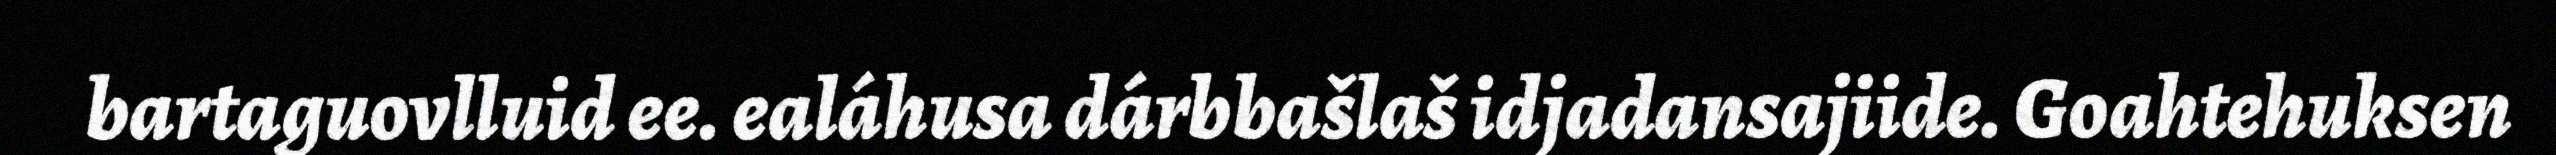
bartaguovlluid ee. ealáhusa dárbbašlaš idjadansajiide. Goahtehuksen